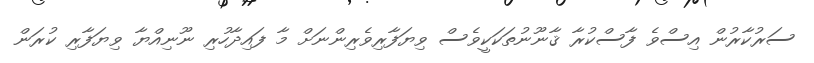
ސަރުކާރުން އިސްވެ ފާސްކުރާ ޤާނޫނުތަކަކީވެސް ވިޔަފާރިވެރިންނަށް މާ ފައިދާހުރި ނޫނިއްޔާ ވިޔަފާރި ކުރަން